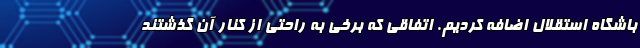
باشگاه استقلال اضافه کردیم. اتفاقی که برخی به راحتی از کنار آن گذشتند